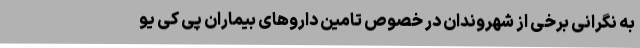
به نگرانی برخی از شهروندان در خصوص تامین داروهای بیماران پی کی یو